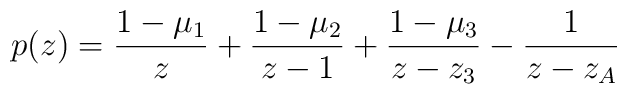
p(z) =\frac{1-\mu _1}{z}+\frac{1-\mu _2}{z-1}+\frac{1-\mu _3}{z-z_3}-\frac{1}{z-z_A}